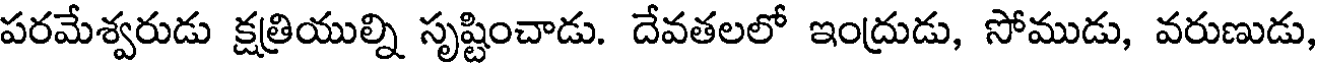
పరమేశ్వరుడు క్షత్రియుల్ని సృష్టించాడు. దేవతలలో ఇంద్రుడు, సోముడు, వరుణుడు,